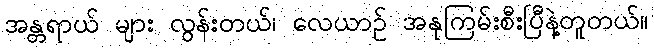
အန္တရာယ် များ လွန်းတယ်၊ လေယာဉ် အနုကြမ်းစီးပြီနဲ့တူတယ်။